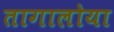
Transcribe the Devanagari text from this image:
तागालोया